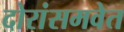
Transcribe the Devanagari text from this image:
दोरांसमवेत